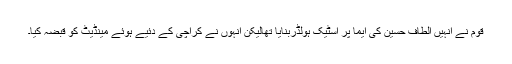
قوم نے انہیں الطاف حسین کی ایما پر اسٹیک ہولڈربنایا تھالیکن انہوں نے کراچی کے دئیے ہوئے مینڈیٹ کو قبضہ کیا۔